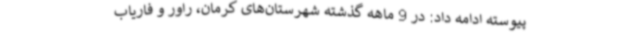
پیوسته ادامه داد: در 9 ماهه گذشته شهرستان‌های کرمان، راور و فاریاب